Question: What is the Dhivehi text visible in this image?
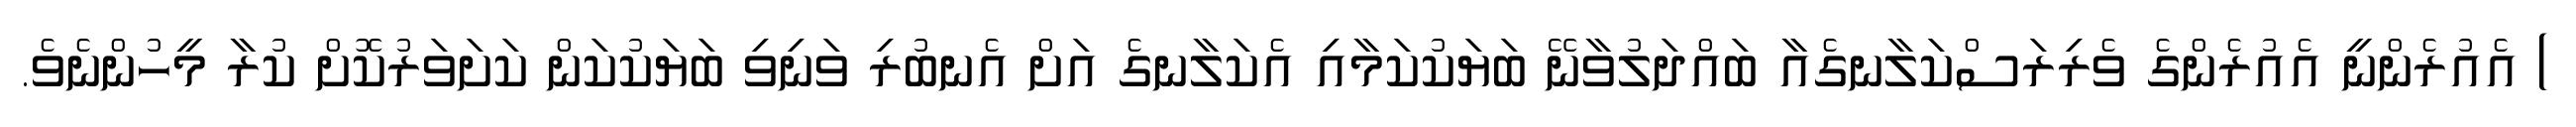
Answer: ) އެއުރެންނީ އެއުރެންގެ ވެރިރަސްކަލާނގެއާ ބައްދަލުވާނޭ ބަޔަކުކަމާއި އެކަލާނގެ އަށް އެނބުރި ވަނިވި ބަޔަކުކަން ކަށަވަރުކޮށް ކުރާ މީހުންނެވެ.